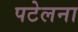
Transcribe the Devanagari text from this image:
पटेलना